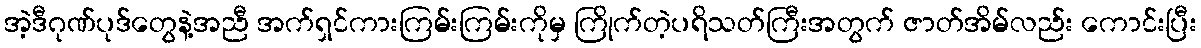
အဲ့ဒီဂုဏ်ပုဒ်တွေနဲ့အညီ အက်ရှင်ကားကြမ်းကြမ်းကိုမှ ကြိုက်တဲ့ပရိသတ်ကြီးအတွက် ဇာတ်အိမ်လည်း ကောင်းပြီး